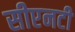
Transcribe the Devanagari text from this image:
सीएनटी